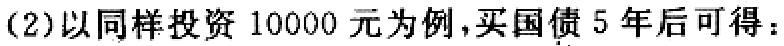
(2)以同样投资10000元为例,买国债5年后可得：